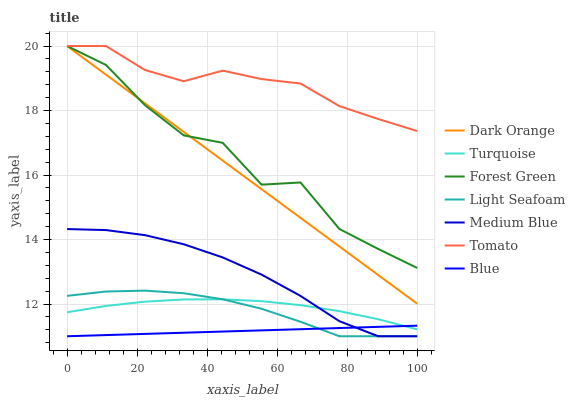
| xaxis_label | Dark Orange | Turquoise | Forest Green | Light Seafoam | Medium Blue | Tomato | Blue |
 | --- | --- | --- | --- | --- | --- | --- | --- |
 | 0 | 20 | 11.7 | 20 | 12.3 | 14.3 | 20 | 11 |
 | 11.1 | 19.1 | 11.9 | 19.4 | 12.4 | 14.3 | 20 | 11 |
 | 22.2 | 18.2 | 12.1 | 18.2 | 12.4 | 14.1 | 19.3 | 11.1 |
 | 33.3 | 17.3 | 12.1 | 17.2 | 12.3 | 13.9 | 18.9 | 11.1 |
 | 44.4 | 16.4 | 12.1 | 17 | 12.1 | 13.4 | 19.2 | 11.1 |
 | 55.6 | 15.6 | 12.1 | 15.7 | 11.9 | 12.9 | 19 | 11.2 |
 | 66.7 | 14.7 | 12 | 15.8 | 11.4 | 12.3 | 18.8 | 11.2 |
 | 77.8 | 13.8 | 11.8 | 14.3 | 11 | 11.5 | 18.1 | 11.3 |
 | 88.9 | 12.9 | 11.5 | 13.7 | 11 | 11 | 17.7 | 11.3 |
 | 100 | 12 | 11.2 | 13.1 | 11 | 11 | 17.4 | 11.3 |